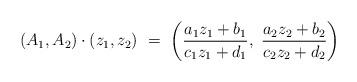
LaTeX: \begin{align*}(A_1,A_2) \cdot (z_1, z_2) \ = \ \left( \frac{ a_1 z_1 + b_1 }{c_1 z_1 + d_1}, \ \frac{a_2 z_2 + b_2}{c_2 z_2 + d_2} \right)\end{align*}